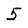
Character: 5